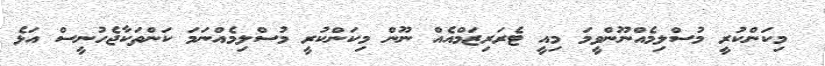
މިކަންކުރީ މުސްލިމެއްނޫންވީމަ މިއީ ޓެރަރިޒަމްއެއް ނޫން މިކަންކުރީ މުސްލިމެއްނަމަ ކަންތަކާޖެހުނީސް އަޅެ